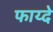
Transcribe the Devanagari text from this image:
फाय्दे